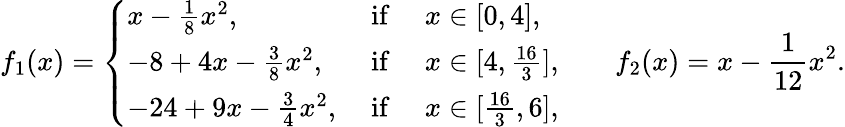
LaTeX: f_{1}(x)=\left\{ \begin{array}{ll}{x-\frac{1}{8}x^{2},}&{\mathrm{~if~}\quad x\in[0,4],}\\ {-8+4x-\frac{3}{8}x^{2},}&{\mathrm{~if~}\quad x\in[4,\frac{16}{3}],}\\ {-24+9x-\frac{3}{4}x^{2},}&{\mathrm{~if~}\quad x\in[\frac{16}{3},6],}\end{array}\right.\quad\quad f_{2}(x)=x-\frac{1}{12}x^{2}.